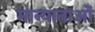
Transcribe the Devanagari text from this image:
मान्याताओं